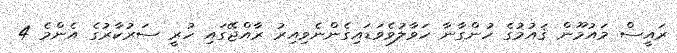
ރައީސް މައުމޫން ޤައުމުގެ ހުންގާނާ ހަވާލުވެވަޑައިގެންނެވިއިރު ރާއްޖޭގައި ހުރީ ސަރުކާރުގެ އެންމެ 4